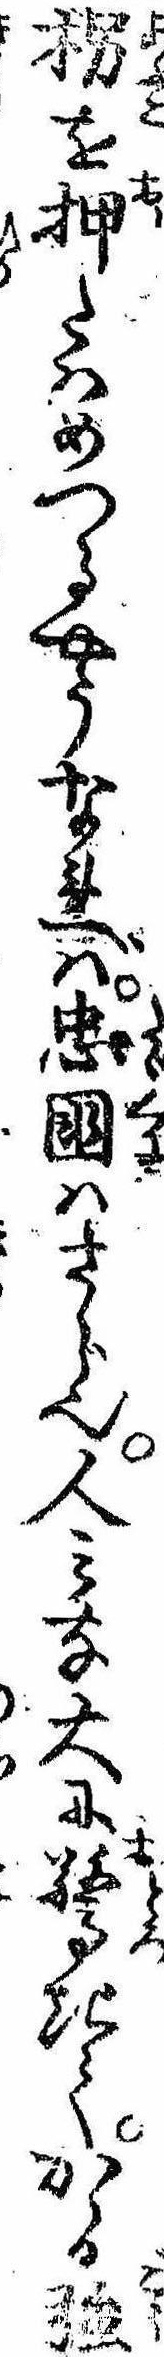
枴を押たはめつるやうなれば忠国はさら也人みな大に驚きてかゝる強